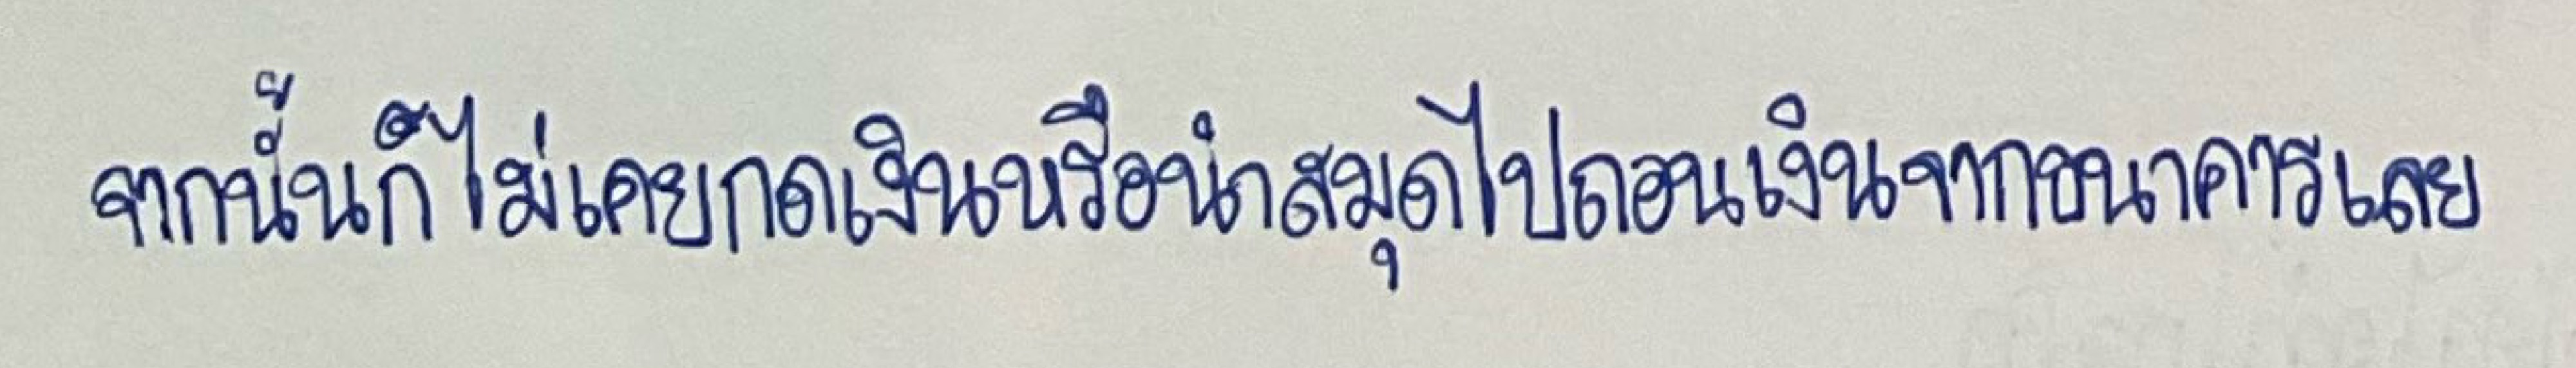
จากนั้นก็ไม่เคยกดเงินหรือนำสมุดไปถอนเงินจากธนาคารเลย